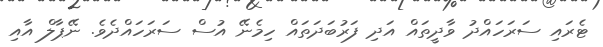
ޓެރައި ސަރަަހައްދު ވާދީތައް އަދި ފަރުބަދަތައް ހިމެނޭ އުސް ސަރަހައްދެވެ. ނޭޕާލް އާއި